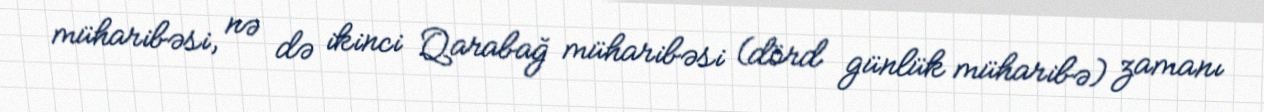
müharibəsi, nə də ikinci Qarabağ müharibəsi (dörd günlük müharibə) zamanı